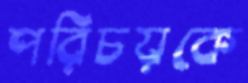
পরিচয়কে